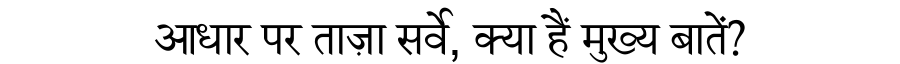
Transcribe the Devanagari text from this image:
आधार पर ताज़ा सर्वे, क्या हैं मुख्य बातें?